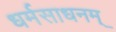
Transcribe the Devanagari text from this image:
धर्मसाधनम्